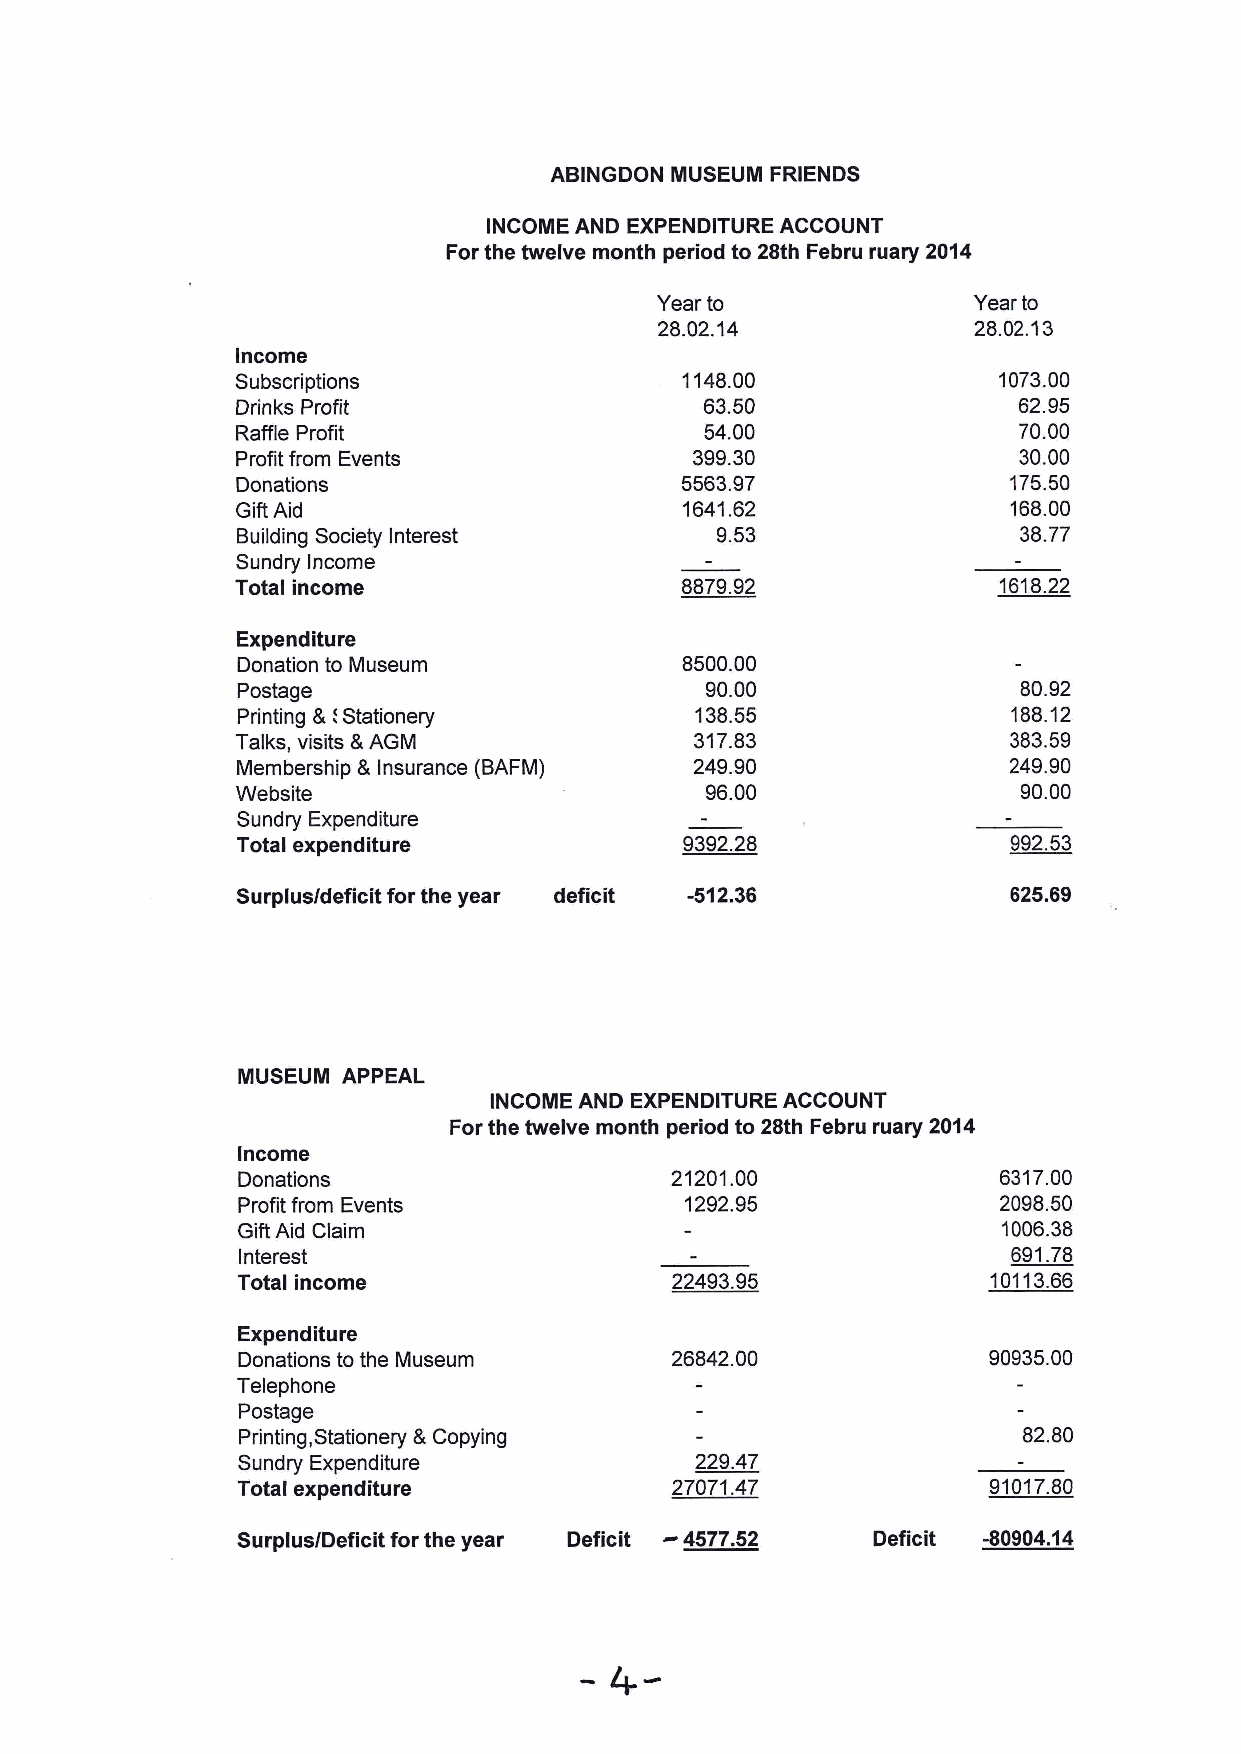
ABINGDON MUSEUM FRIENDS
 INCOME AND EXPENDITURE ACCOUNT
 Forthe twelve month period to 28th Febru ruary 2014
 Year to              Year to
 28.02.14             28.02.13
 Income
 Subscriptions                1148.00              1073.00
 Drinks Profit                  63.50               62.95
 Raffle Profit                  54.00               70.00
 Profit from Events            399.30               30.00
 Donations                    5563.97               175.50
 Gift Aid                     1641.62               168.00
 Building Society Interest      9.53                38.77
 Sundry Income
 Total income                 8879.92              1618.22
 Expenditure
 Donation to Museum           8500.00
 Postage                        90.00                80.92
 Printing 8 lStationery        138.55               188.12
 Talks, visits 8 AGM           317.83               383.59
 Membership 8 Insurance (BAFM) 249.90               249.90
 Website                        96.00                90.00
 Sundry Expenditure
 Total expenditure            9392.28               992.53
 Surplus/deficit for the year deficit -5'I2.36      625.69
 MUSEUM APPEAL
 INCOME AND EXPENDITURE ACCOUNT
 For the twelve month period to 28th Febru ruary 2014
 Income
 Donations                   21201.00              6317.00
 Profit from Events           1292.95              2098.50
 Gift Aid Claim                                    1006.38
 Interest                                           691.78
 Total income                22493.95              101136.6
 Expenditure
 Donations to the Museum     26842.00             90935.00
 Telephone
 Postage
 Printing, Stationery LCopying                       82.80
 Sundry Expenditure            229.47
 Total expenditure           27071.47             9101?.80
 -
 Surplus/Deficit for the year Deficit 4577.52 Deficit -80904.14